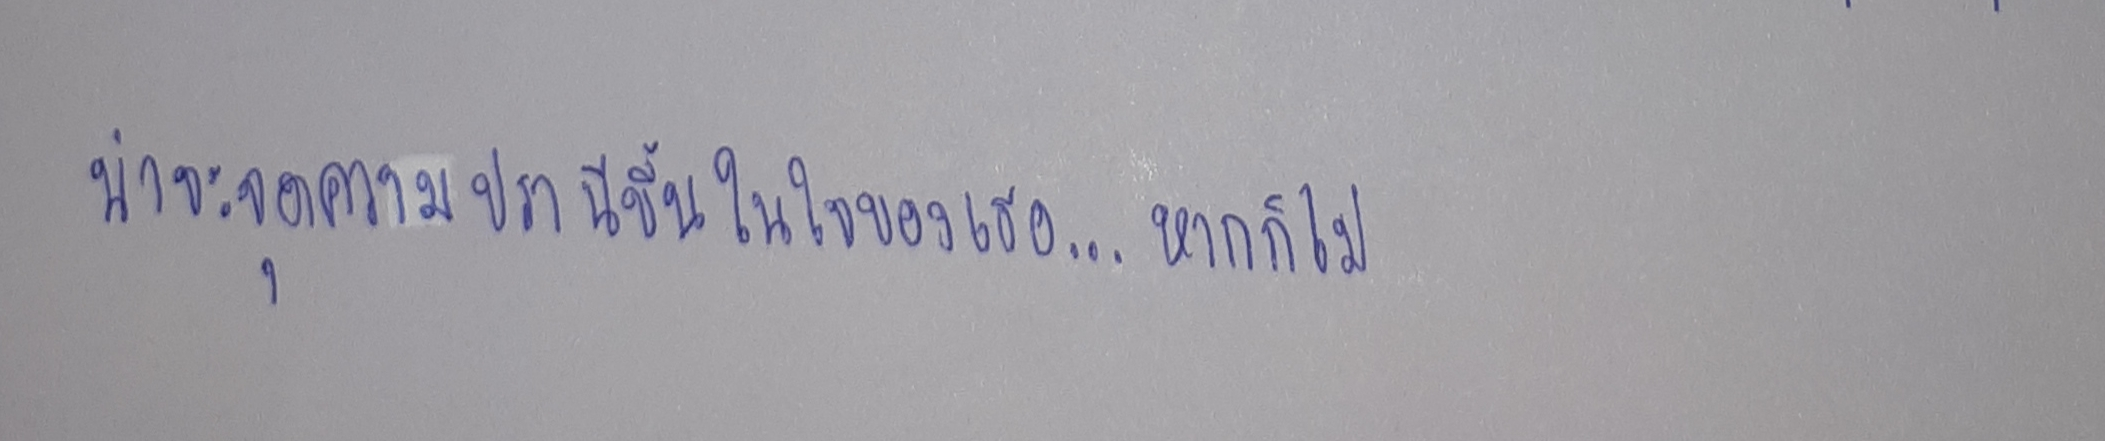
น่าจะจุดความปรานีขึ้นในใจของเธอ...หากก็ไม่